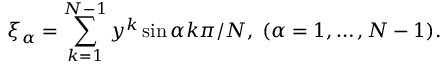
\xi _ { \alpha } = \sum _ { k = 1 } ^ { N - 1 } y ^ { k } \sin \alpha k \pi / N , \; ( \alpha = 1 , \ldots , N - 1 ) .